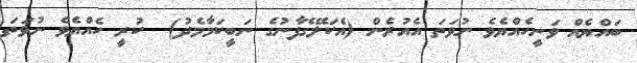
ބައްޔެއް ވަނީހެއްޔެވެ ނުވަތަ އެއުރެން (އެކަލޭގެފާނުގެ ނަބީކަމާމެދު)  ކުރީ ހެއްޔެވެ ނުވަތަ